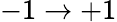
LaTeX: -1\rightarrow+1